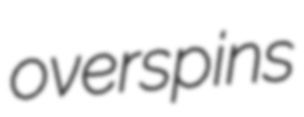
overspins